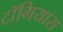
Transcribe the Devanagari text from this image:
टॉगियास